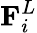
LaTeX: \mathbf{F}_{i}^{L}